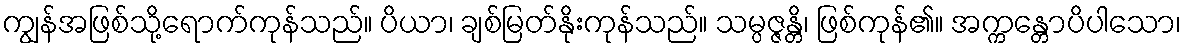
ကျွန်အဖြစ်သို့ရောက်ကုန်သည်။ ပိယာ၊ ချစ်မြတ်နိုးကုန်သည်။ သမ္ပဇ္ဇန္တိ၊ ဖြစ်ကုန်၏။ အက္ကန္တောပိပါသော၊